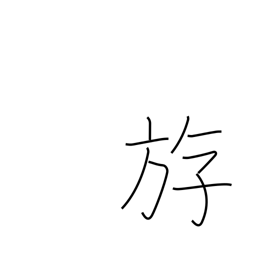
Meaning: to swim